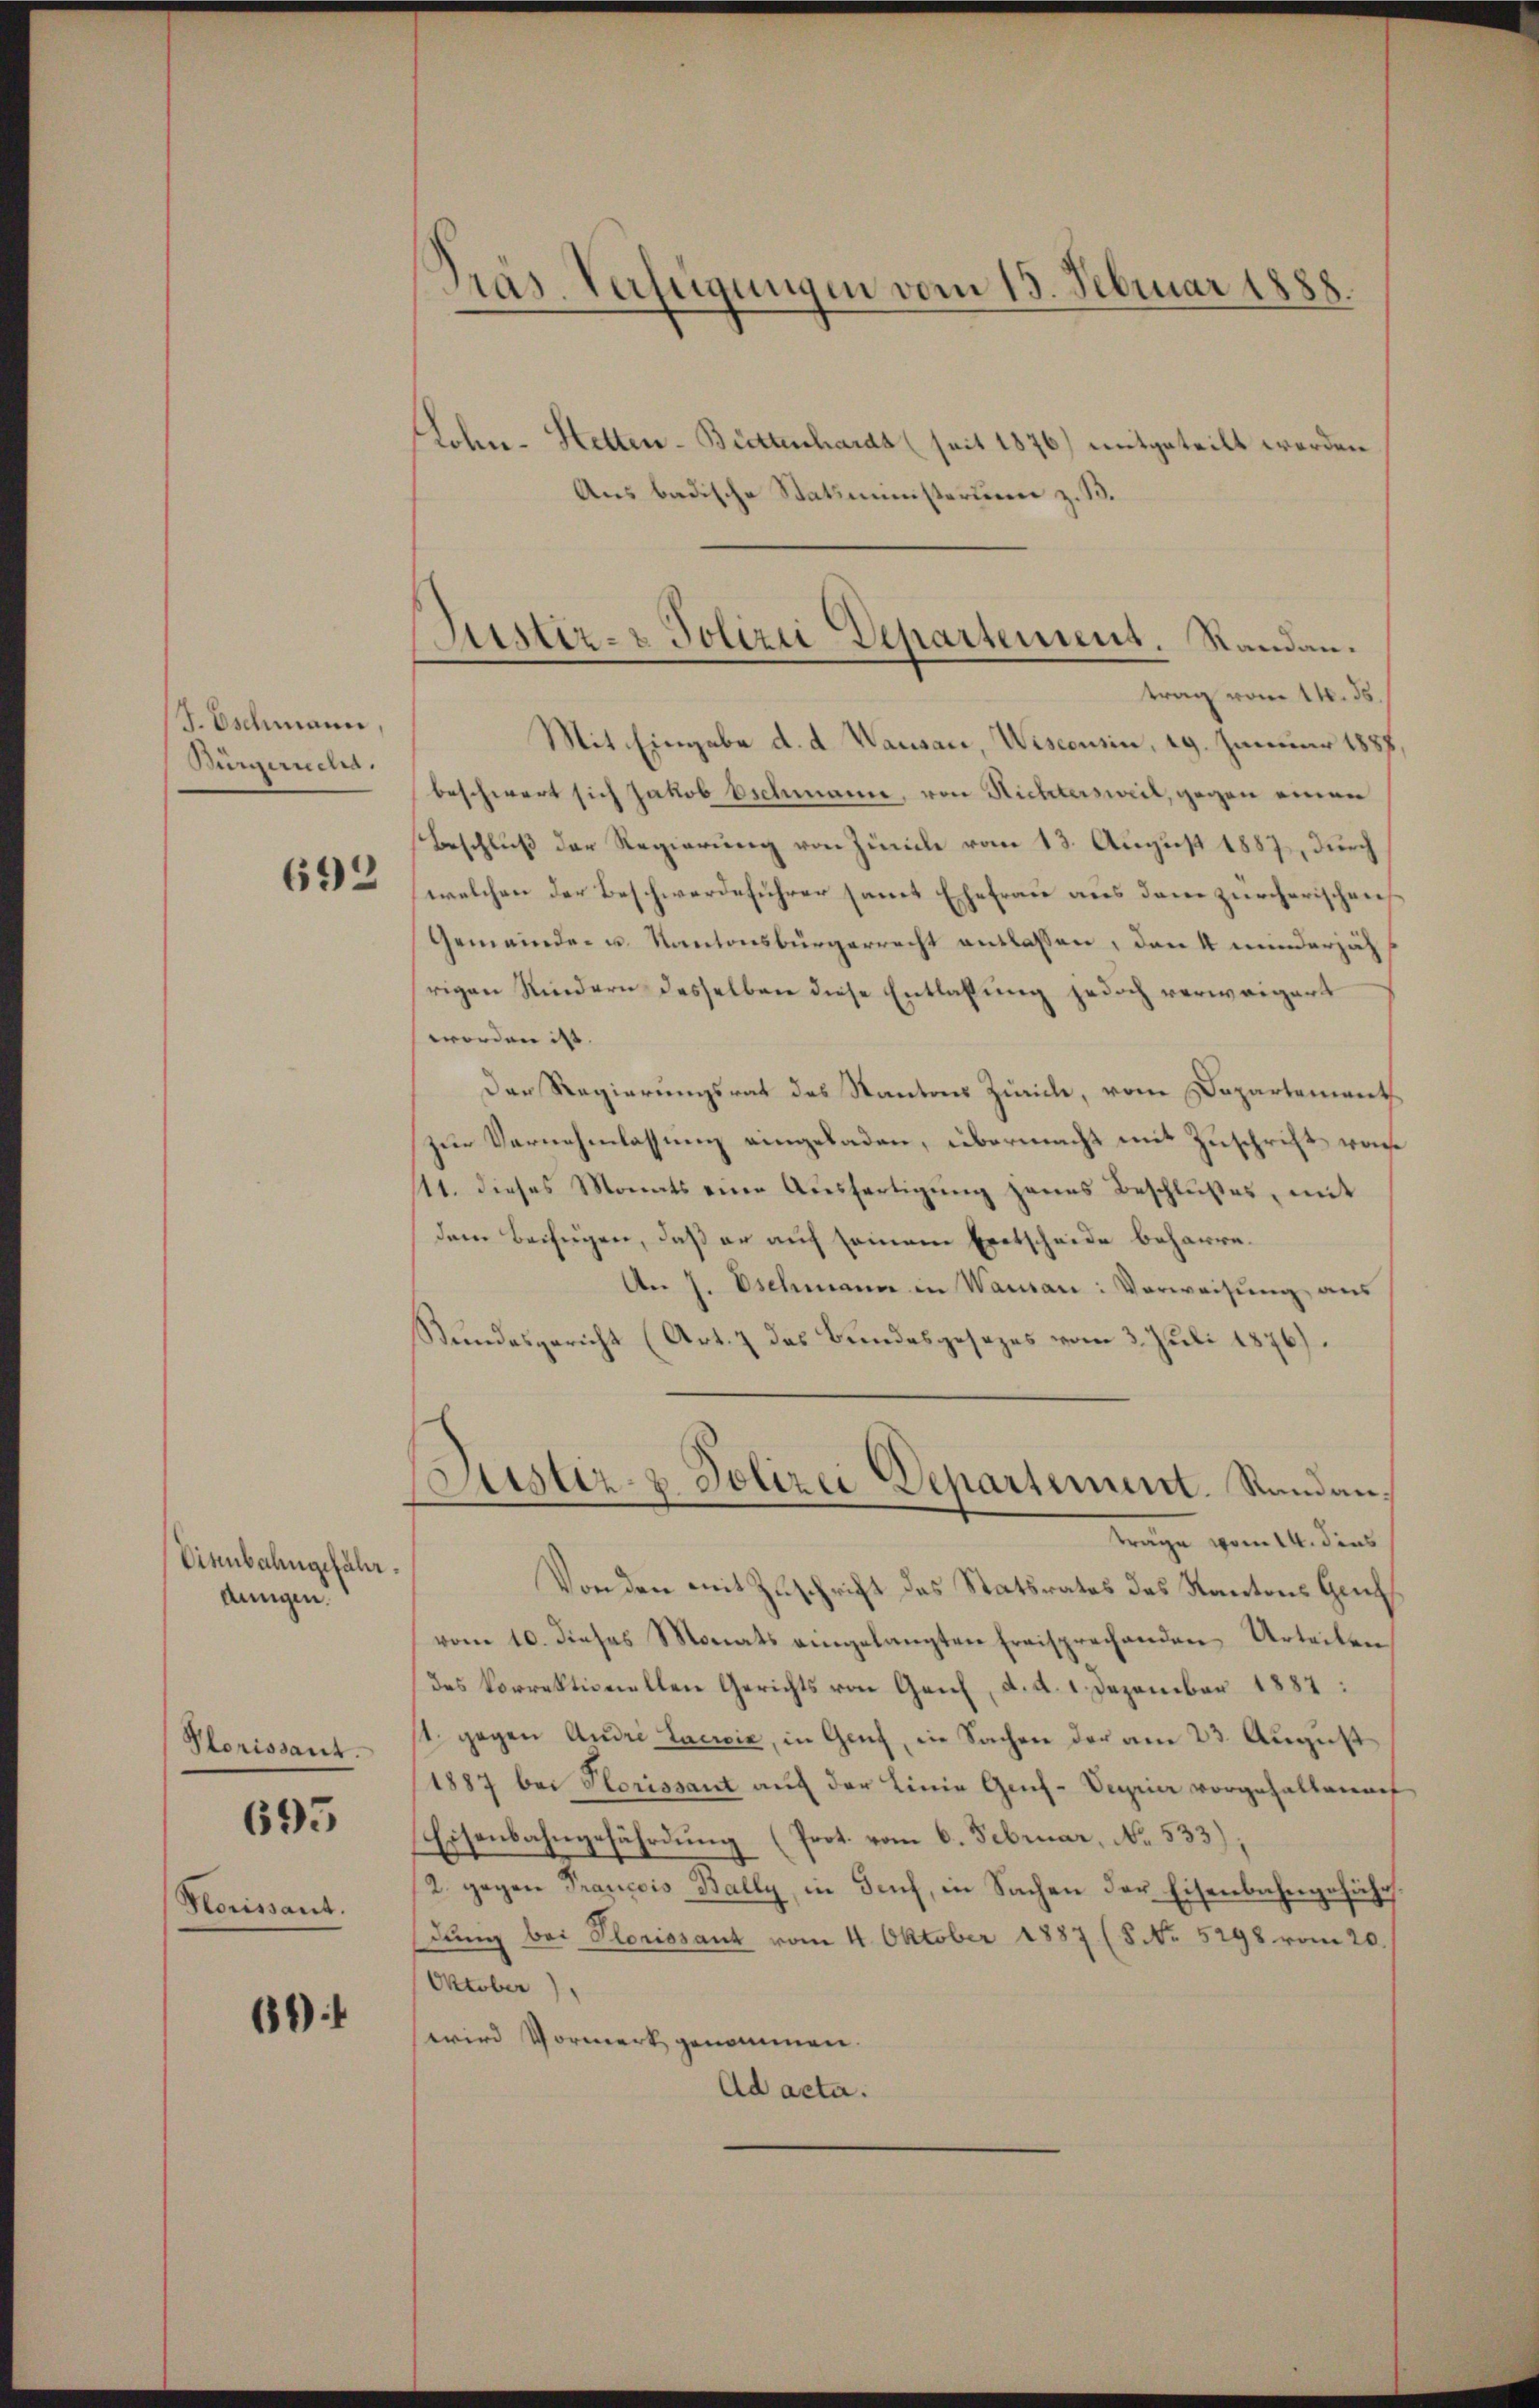
J. Oschmann,
Bürgerscha.
692

Vienbahngefähr.
dungen.

Plerissant.
Herissant.

695

6

Präs. Verfügungen vom 13. Februar 1888.

Justiz- & Polizei Departement. Standau.
trag vom 11. ds.

Loln-Stetten-Büttenhardt (seit 1876) mitgeteilt werden
Aus badische Statsministerie z. B.
Mit Eingabe d. d. Wausau, Wiseousin, 19. Januar 1888
beschwert sich Jakob Eschmann, von Richtersweil, gegen einen
Beschluß der Regierung von Zürich vom 13. August 1887, durch
welchen der Beschwerdeführer samt Ehefrau aus dem zürcherischen
Gemeinde- u. Kantonsbürgerrecht entlassen, den 4 minderjäh
rigen Kindern desselben diese Entlaßung jedoch verweigert
worden ist. |
Der Regierungsrat des Kantons Zürich, vom Departement
zur Vernehmlassung eingeladen, übermacht mit Zuschrift von
111. dieses Monats eine Ausfertigung jenes Beschlußes, mit
dem Beifügen, daß er auf seinem Exetscheide beharre.
An J. Eschmann in Wausan: Vorweisung aus
Stundesgericht (Art. 7 das Bundesgesezes vom 3. Juli 1876).
ustiz- & Polizei Departement. Standantrage vom 14. dies
Von den mit Zuschrift des Statsrates des Kantons Griech
vom 10. dieses Monats eingelangten Freisprechenden Urteilen
des korrektionellen Gerichts von Ganz, d. d. 1. Dezember 1882:
st. gegen Andri Lacwix, in Genf, in Sachen der am 23. August
1887 bei Plorissant auf der Linie Gef-Veyrier vorgehaltenech
Eisenbahngefährdung (Prot. vom 6. Februar, No. 533);
2. gegen Prancois Bally, in Tuch, in Sachen der Eisenbahngeführ
dung bei Plorissant vom 4. Oktober 1887 (8 No 5298 vom 20.
Oktober).
wird Vormerk genommen.
Ad acta.